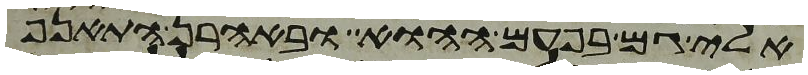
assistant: אלי גם בפעם ההוא ובאהרן התאנף